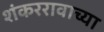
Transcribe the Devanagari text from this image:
शंकररावाच्या